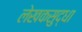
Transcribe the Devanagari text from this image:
लेखकसुद्धा